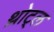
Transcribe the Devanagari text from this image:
थ्रोट्ल